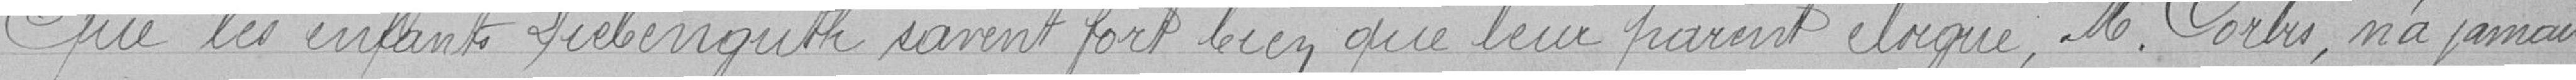
Que les enfants Liebenguth savent fort bien que leur parent éloigné, Monsieur Corbis, n'a jamais